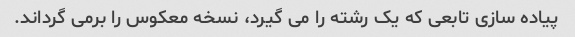
پیاده سازی تابعی که یک رشته را می گیرد، نسخه معکوس را برمی گرداند.